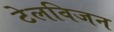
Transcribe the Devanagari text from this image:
टेलविजन